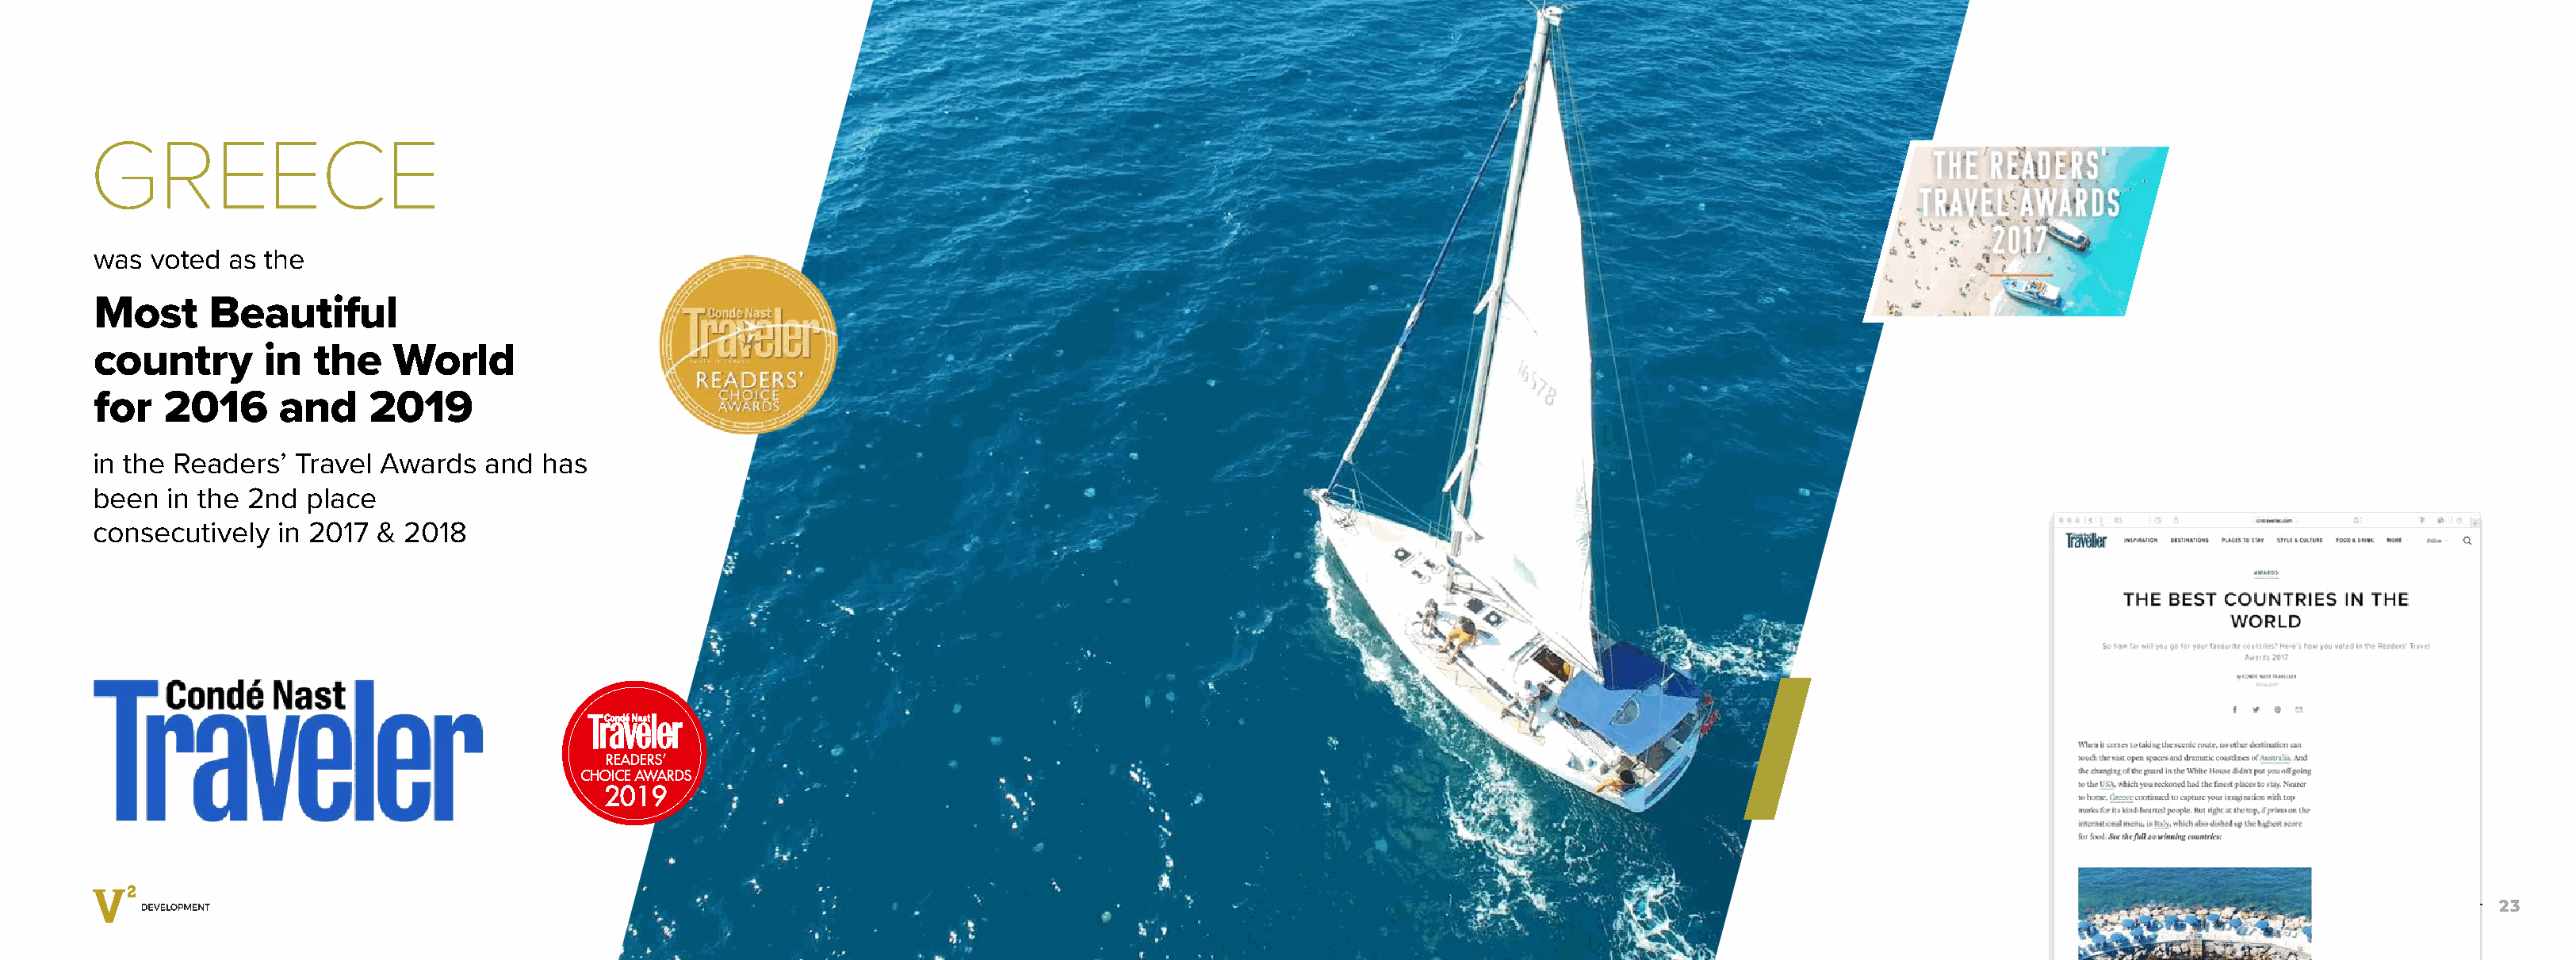
GREECE
 was  voted as the
 Most     Beautiful
 country       in  the    World
 for   2016     and     2019
 in the Readers’  Travel Awards  and  has
 been  in the 2nd  place
 consecutively  in 2017 &  2018
 READERSʼ
 CHOICE AWARDS
 2019
 23